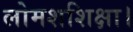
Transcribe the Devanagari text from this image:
लोमशशिक्षा।